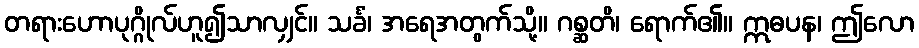
တရားဟောပုဂ္ဂိုလ်ဟူ၍သာလျှင်။ သင်္ခံ၊ အရေအတွက်သို့။ ဂစ္ဆတိ၊ ရောက်၏။ ဣဓပန၊ ဤလော